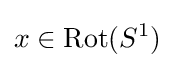
x\in \mathrm {Rot} (S^{1})